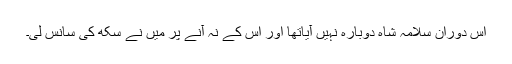
اس دوران سلامہ شاہ دوبارہ نہیں آیاتھا اور اس کے نہ آنے پر میں نے سکھ کی سانس لی۔